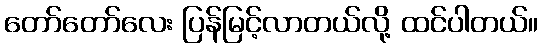
တော်တော်လေး ပြန်မြင့်လာတယ်လို့ ထင်ပါတယ်။